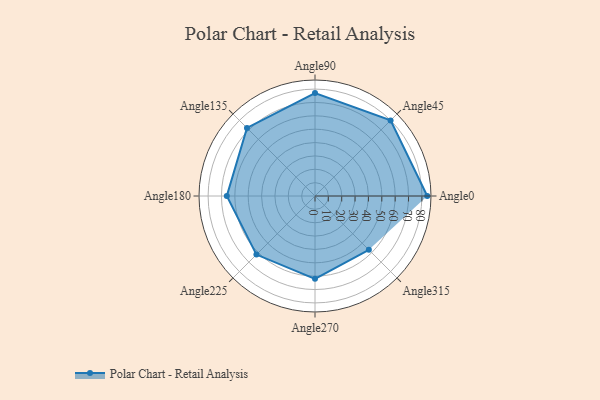
{"axis": {"x": "Angle", "y": "Radius"}, "legend": [""], "data": [{"x": "Angle0", "y": 84.0, "type": ""}, {"x": "Angle45", "y": 80.0, "type": ""}, {"x": "Angle90", "y": 77.0, "type": ""}, {"x": "Angle135", "y": 72.0, "type": ""}, {"x": "Angle180", "y": 66.0, "type": ""}, {"x": "Angle225", "y": 62.0, "type": ""}, {"x": "Angle270", "y": 62.0, "type": ""}, {"x": "Angle315", "y": 57.0, "type": ""}]}